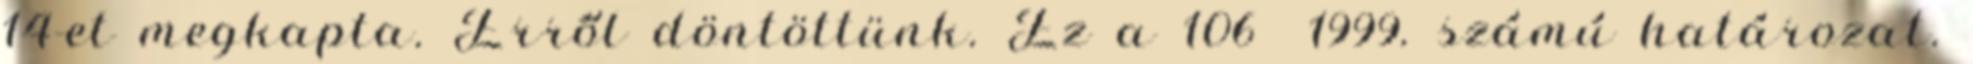
14-et megkapta. Erről döntöttünk. Ez a 106 1999. számú határozat.